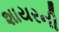
શાયરની